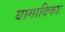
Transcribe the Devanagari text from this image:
यागादिकाः